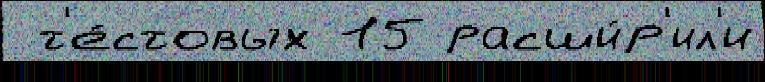
 т'е́стовых 15 расши́р'ил'и